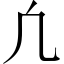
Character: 凢